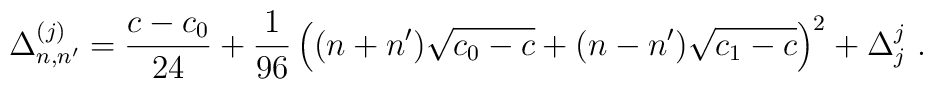
\Delta^{(j)}_{n,n^{\prime}}={{c-c_0}\over24}+{1\over96}\left((n+n^\prime) \sqrt{c_0-c}+(n-n^\prime)\sqrt{c_1-c}\right)^2+\Delta^j_j{}~.